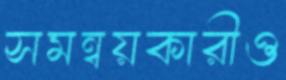
সমন্বয়কারীও